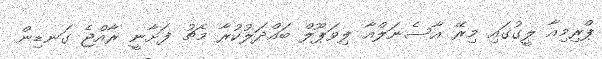
ޕްރިމިއާ ލީގުގައި މިރޭ އާސެނަލްއާ ލިވަޕޫލް ބައްދަލުކުރާ މެޗު ފަށާނީ ރާއްޖެ ގަނޑިން